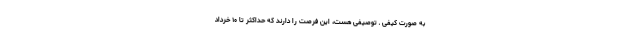
به صورت کیفی ـ توصیفی هست، این فرصت را دارند که حداکثر تا ۱۰ خرداد